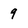
Character: 9